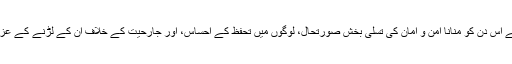
اس طریقے سے اس دن کو منانا امن و امان کی تسلی بخش صورتحال، لوگوں میں تحفظ کے احساس، اور جارحیت کے خلاف ان کے لڑنے کے عزم کا غماز ہے۔